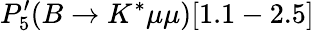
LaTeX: P_{5}^{\prime}(B\to K^{*}\mu\mu)[1.1-2.5]